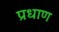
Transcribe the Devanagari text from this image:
प्रधाण